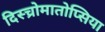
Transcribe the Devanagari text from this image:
दिस्च्रोमातोप्सिया